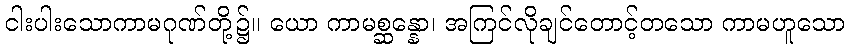
ငါးပါးသောကာမဂုဏ်တို့၌။ ယော ကာမစ္ဆန္နော၊ အကြင်လိုချင်တောင့်တသော ကာမဟူသော